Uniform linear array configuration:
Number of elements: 24
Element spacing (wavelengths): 0.75
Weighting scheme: binomial
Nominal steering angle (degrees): -45
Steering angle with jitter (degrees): -43.196
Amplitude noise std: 0.05
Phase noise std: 0.05

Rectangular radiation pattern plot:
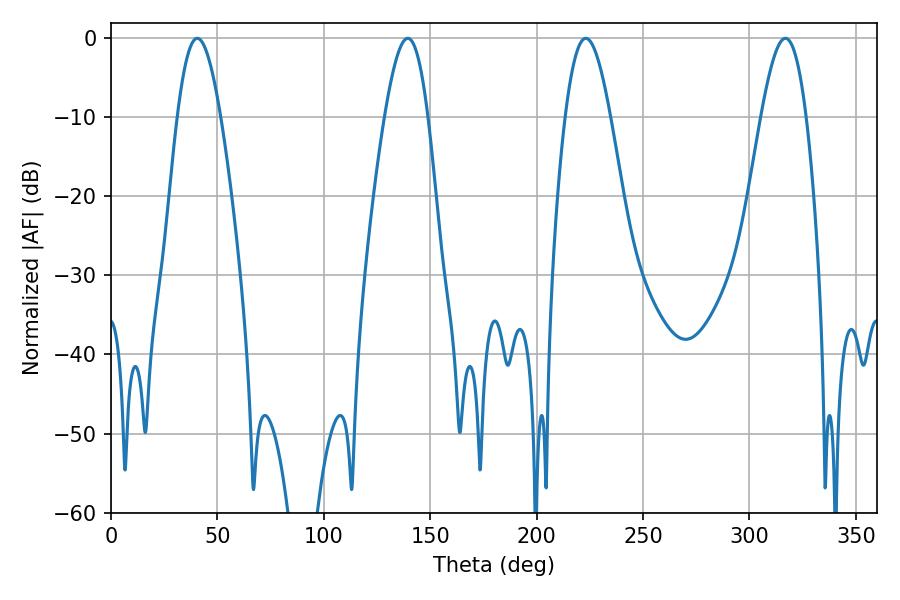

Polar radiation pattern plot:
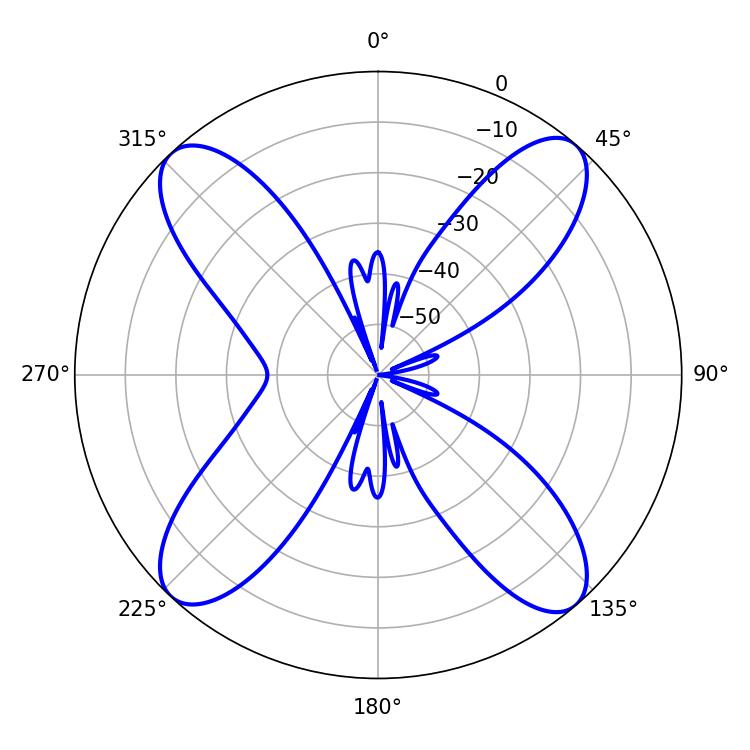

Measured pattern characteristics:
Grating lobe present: TRUE
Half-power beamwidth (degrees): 10.98
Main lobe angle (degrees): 139.5